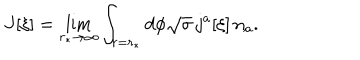
J [ \xi ] = \lim _ { r _ { \ast } \to \infty } \int _ { r = r _ { \ast } } d \phi \sqrt { \sigma } \, j ^ { a } [ \xi ] \, n _ { a } .